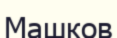
Машков